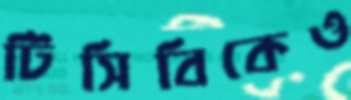
টিসিবিকেও